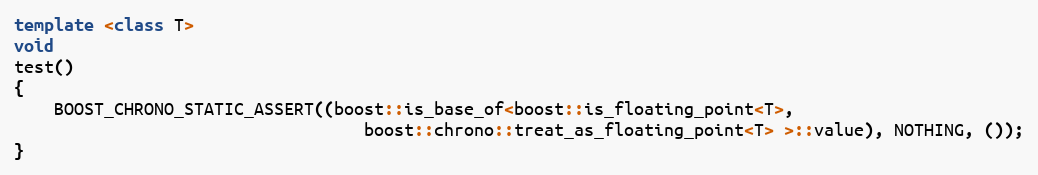
Language: C++
template <class T>
void
test()
{
    BOOST_CHRONO_STATIC_ASSERT((boost::is_base_of<boost::is_floating_point<T>,
                                   boost::chrono::treat_as_floating_point<T> >::value), NOTHING, ());
}